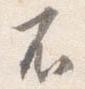
不